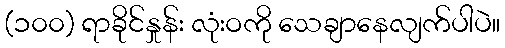
(၁၀၀) ရာခိုင်နှုန်း လုံးဝကို သေချာနေလျက်ပါပဲ။